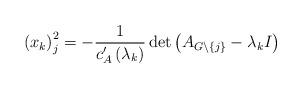
LaTeX: \begin{align*}\left( x_{k}\right) _{j}^{2}=-\frac{1}{c_{A}^{\prime}\left( \lambda_{k}\right) }\det\left( A_{G\backslash\left\{ j\right\} }-\lambda_{k}I\right) \end{align*}